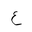
Letter: _ayn